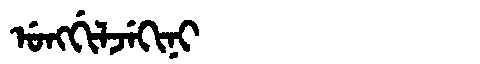
Manchu: ᡠᠩᡤᡳᠯᠵᡝᡴᡳᠨᡳ
Romanization: UNGGILJEKINI